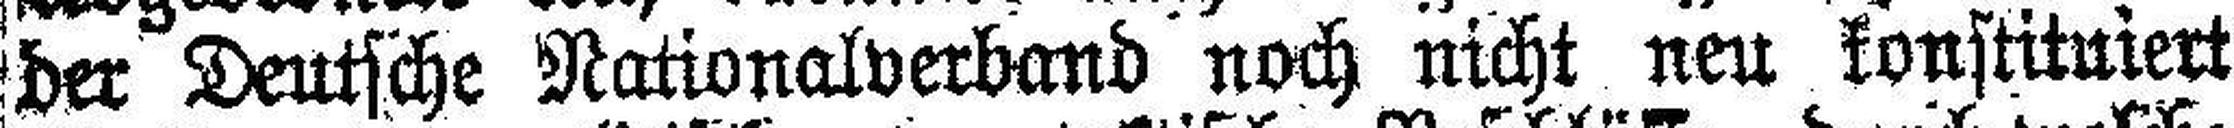
der Deutsche Nationalverband noch nicht neu konstituiert